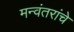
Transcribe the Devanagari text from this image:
मन्वंतरांचे